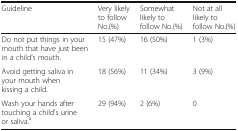
<table><thead><tr><td><b>Guideline</b></td><td><b>Very likely to follow No.(%)</b></td><td><b>Somewhat likely to follow No.(%)</b></td><td><b>Not at all likely to follow No.(%)</b></td></tr></thead><tbody><tr><td>Do not put things in your mouth that have just been in a child’s mouth.</td><td>15 (47%)</td><td>16 (50%)</td><td>1 (3%)</td></tr><tr><td>Avoid getting saliva in your mouth when kissing a child.</td><td>18 (56%)</td><td>11 (34%)</td><td>3 (9%)</td></tr><tr><td>Wash your hands after touching a child’s urine or saliva.<sup>a</sup></td><td>29 (94%)</td><td>2 (6%)</td><td>0</td></tr></tbody></table>